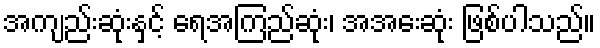
အကျည်းဆုံးနှင့် ရေအကြည်ဆုံး၊ အအေးဆုံး ဖြစ်ပါသည်။